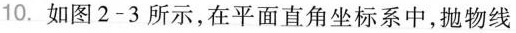
10.如图2-3所示，在平面直角坐标系中，抛物线